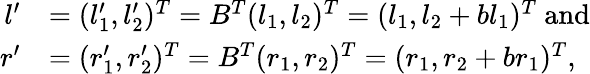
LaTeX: \begin{array}{rl}{l^{\prime}}&{=(l_{1}^{\prime},l_{2}^{\prime})^{T}=B^{T}(l_{1},l_{2})^{T}=(l_{1},l_{2}+bl_{1})^{T}\mathrm{~and}}\\ {r^{\prime}}&{=(r_{1}^{\prime},r_{2}^{\prime})^{T}=B^{T}(r_{1},r_{2})^{T}=(r_{1},r_{2}+br_{1})^{T},}\end{array}